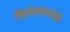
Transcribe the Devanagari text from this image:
सिनेमांमधेही